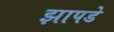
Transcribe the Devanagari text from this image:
झापडे